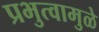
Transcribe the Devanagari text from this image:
प्रभुत्वामुळे